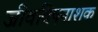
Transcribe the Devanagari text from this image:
जीवविषनाशक